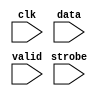
//Legal Notice: (C)2011 Altera Corporation. All rights reserved.  Your
//use of Altera Corporation's design tools, logic functions and other
//software and tools, and its AMPP partner logic functions, and any
//output files any of the foregoing (including device programming or
//simulation files), and any associated documentation or information are
//expressly subject to the terms and conditions of the Altera Program
//License Subscription Agreement or other applicable license agreement,
//including, without limitation, that your use is for the sole purpose
//of programming logic devices manufactured by Altera and sold by Altera
//or its authorized distributors.  Please refer to the applicable
//agreement for further details.

// synthesis translate_off
`timescale 1ns / 1ps
// synthesis translate_on

// turn off superfluous verilog processor warnings 
// altera message_level Level1 
// altera message_off 10034 10035 10036 10037 10230 10240 10030 

module jtag_uart_log_module (
                              // inputs:
                               clk,
                               data,
                               strobe,
                               valid
                            )
;

  input            clk;
  input   [  7: 0] data;
  input            strobe;
  input            valid;


//synthesis translate_off
//////////////// SIMULATION-ONLY CONTENTS
   reg [31:0] text_handle; // for $fopen
   initial text_handle = $fopen ("jtag_uart_output_stream.dat");

   always @(posedge clk) begin
      if (valid && strobe) begin
	 $fwrite (text_handle, "%b\n", data);
          // echo raw binary strings to file as ascii to screen
         $write("%s", ((data == 8'hd) ? 8'ha : data));
                     
	 // non-standard; poorly documented; required to get real data stream.
	 $fflush (text_handle);
      end
   end // clk


//////////////// END SIMULATION-ONLY CONTENTS

//synthesis translate_on

endmodule



// turn off superfluous verilog processor warnings 
// altera message_level Level1 
// altera message_off 10034 10035 10036 10037 10230 10240 10030 

module jtag_uart_sim_scfifo_w (
                                // inputs:
                                 clk,
                                 fifo_wdata,
                                 fifo_wr,

                                // outputs:
                                 fifo_FF,
                                 r_dat,
                                 wfifo_empty,
                                 wfifo_used
                              )
;

  output           fifo_FF;
  output  [  7: 0] r_dat;
  output           wfifo_empty;
  output  [  5: 0] wfifo_used;
  input            clk;
  input   [  7: 0] fifo_wdata;
  input            fifo_wr;

  wire             fifo_FF;
  wire    [  7: 0] r_dat;
  wire             wfifo_empty;
  wire    [  5: 0] wfifo_used;

//synthesis translate_off
//////////////// SIMULATION-ONLY CONTENTS
  //jtag_uart_log, which is an e_log
  jtag_uart_log_module jtag_uart_log
    (
      .clk    (clk),
      .data   (fifo_wdata),
      .strobe (fifo_wr),
      .valid  (fifo_wr)
    );

  assign wfifo_used = {6{1'b0}};
  assign r_dat = {8{1'b0}};
  assign fifo_FF = 1'b0;
  assign wfifo_empty = 1'b1;

//////////////// END SIMULATION-ONLY CONTENTS

//synthesis translate_on

endmodule



// turn off superfluous verilog processor warnings 
// altera message_level Level1 
// altera message_off 10034 10035 10036 10037 10230 10240 10030 

module jtag_uart_scfifo_w (
                            // inputs:
                             clk,
                             fifo_clear,
                             fifo_wdata,
                             fifo_wr,
                             rd_wfifo,

                            // outputs:
                             fifo_FF,
                             r_dat,
                             wfifo_empty,
                             wfifo_used
                          )
;

  output           fifo_FF;
  output  [  7: 0] r_dat;
  output           wfifo_empty;
  output  [  5: 0] wfifo_used;
  input            clk;
  input            fifo_clear;
  input   [  7: 0] fifo_wdata;
  input            fifo_wr;
  input            rd_wfifo;

  wire             fifo_FF;
  wire    [  7: 0] r_dat;
  wire             wfifo_empty;
  wire    [  5: 0] wfifo_used;

//synthesis translate_off
//////////////// SIMULATION-ONLY CONTENTS
  jtag_uart_sim_scfifo_w the_jtag_uart_sim_scfifo_w
    (
      .clk         (clk),
      .fifo_FF     (fifo_FF),
      .fifo_wdata  (fifo_wdata),
      .fifo_wr     (fifo_wr),
      .r_dat       (r_dat),
      .wfifo_empty (wfifo_empty),
      .wfifo_used  (wfifo_used)
    );


//////////////// END SIMULATION-ONLY CONTENTS

//synthesis translate_on
//synthesis read_comments_as_HDL on
//  scfifo wfifo
//    (
//      .aclr (fifo_clear),
//      .clock (clk),
//      .data (fifo_wdata),
//      .empty (wfifo_empty),
//      .full (fifo_FF),
//      .q (r_dat),
//      .rdreq (rd_wfifo),
//      .usedw (wfifo_used),
//      .wrreq (fifo_wr)
//    );
//
//  defparam wfifo.lpm_hint = "RAM_BLOCK_TYPE=AUTO",
//           wfifo.lpm_numwords = 64,
//           wfifo.lpm_showahead = "OFF",
//           wfifo.lpm_type = "scfifo",
//           wfifo.lpm_width = 8,
//           wfifo.lpm_widthu = 6,
//           wfifo.overflow_checking = "OFF",
//           wfifo.underflow_checking = "OFF",
//           wfifo.use_eab = "ON";
//
//synthesis read_comments_as_HDL off

endmodule



// turn off superfluous verilog processor warnings 
// altera message_level Level1 
// altera message_off 10034 10035 10036 10037 10230 10240 10030 

module jtag_uart_drom_module (
                               // inputs:
                                clk,
                                incr_addr,
                                reset_n,

                               // outputs:
                                new_rom,
                                num_bytes,
                                q,
                                safe
                             )
;

  parameter POLL_RATE = 100;


  output           new_rom;
  output  [ 31: 0] num_bytes;
  output  [  7: 0] q;
  output           safe;
  input            clk;
  input            incr_addr;
  input            reset_n;

  reg     [ 11: 0] address;
  reg              d1_pre;
  reg              d2_pre;
  reg              d3_pre;
  reg              d4_pre;
  reg              d5_pre;
  reg              d6_pre;
  reg              d7_pre;
  reg              d8_pre;
  reg              d9_pre;
  reg     [  7: 0] mem_array [2047: 0];
  reg     [ 31: 0] mutex [  1: 0];
  reg              new_rom;
  wire    [ 31: 0] num_bytes;
  reg              pre;
  wire    [  7: 0] q;
  wire             safe;

//synthesis translate_off
//////////////// SIMULATION-ONLY CONTENTS
  assign q = mem_array[address];
  always @(posedge clk or negedge reset_n)
    begin
      if (reset_n == 0)
        begin
          d1_pre <= 0;
          d2_pre <= 0;
          d3_pre <= 0;
          d4_pre <= 0;
          d5_pre <= 0;
          d6_pre <= 0;
          d7_pre <= 0;
          d8_pre <= 0;
          d9_pre <= 0;
          new_rom <= 0;
        end
      else 
        begin
          d1_pre <= pre;
          d2_pre <= d1_pre;
          d3_pre <= d2_pre;
          d4_pre <= d3_pre;
          d5_pre <= d4_pre;
          d6_pre <= d5_pre;
          d7_pre <= d6_pre;
          d8_pre <= d7_pre;
          d9_pre <= d8_pre;
          new_rom <= d9_pre;
        end
    end



   assign     num_bytes = mutex[1];
                   reg        safe_delay;
   reg [31:0] poll_count;
   reg [31:0] mutex_handle;
   wire       interactive = 1'b0 ; // '
   assign     safe = (address < mutex[1]);

   initial poll_count = POLL_RATE;

   always @(posedge clk or negedge reset_n) begin
      if (reset_n !== 1) begin
         safe_delay <= 0;
      end else begin
         safe_delay <= safe;
      end
   end // safe_delay

   always @(posedge clk or negedge reset_n) begin
      if (reset_n !== 1) begin  // dont worry about null _stream.dat file
         address <= 0;
         mem_array[0] <= 0;
         mutex[0] <= 0;
         mutex[1] <= 0;
         pre <= 0;
      end else begin            // deal with the non-reset case
         pre <= 0;
         if (incr_addr && safe) address <= address + 1;
         if (mutex[0] && !safe && safe_delay) begin
            // and blast the mutex after falling edge of safe if interactive
            if (interactive) begin
               mutex_handle = $fopen ("jtag_uart_input_mutex.dat");
               $fdisplay (mutex_handle, "0");
               $fclose (mutex_handle);
               // $display ($stime, "\t%m:\n\t\tMutex cleared!");
            end else begin
               // sleep until next reset, do not bash mutex.
               wait (!reset_n);
            end
         end // OK to bash mutex.
         if (poll_count < POLL_RATE) begin // wait
            poll_count = poll_count + 1;
         end else begin         // do the interesting stuff.
            poll_count = 0;
            $readmemh ("jtag_uart_input_mutex.dat", mutex);
            if (mutex[0] && !safe) begin
            // read stream into mem_array after current characters are gone!
               // save mutex[0] value to compare to address (generates 'safe')
               mutex[1] <= mutex[0];
               // $display ($stime, "\t%m:\n\t\tMutex hit: Trying to read %d bytes...", mutex[0]);
               $readmemb("jtag_uart_input_stream.dat", mem_array);
               // bash address and send pulse outside to send the char:
               address <= 0;
               pre <= -1;
            end // else mutex miss...
         end // poll_count
      end // reset
   end // posedge clk


//////////////// END SIMULATION-ONLY CONTENTS

//synthesis translate_on

endmodule



// turn off superfluous verilog processor warnings 
// altera message_level Level1 
// altera message_off 10034 10035 10036 10037 10230 10240 10030 

module jtag_uart_sim_scfifo_r (
                                // inputs:
                                 clk,
                                 fifo_rd,
                                 rst_n,

                                // outputs:
                                 fifo_EF,
                                 fifo_rdata,
                                 rfifo_full,
                                 rfifo_used
                              )
;

  output           fifo_EF;
  output  [  7: 0] fifo_rdata;
  output           rfifo_full;
  output  [  5: 0] rfifo_used;
  input            clk;
  input            fifo_rd;
  input            rst_n;

  reg     [ 31: 0] bytes_left;
  wire             fifo_EF;
  reg              fifo_rd_d;
  wire    [  7: 0] fifo_rdata;
  wire             new_rom;
  wire    [ 31: 0] num_bytes;
  wire    [  6: 0] rfifo_entries;
  wire             rfifo_full;
  wire    [  5: 0] rfifo_used;
  wire             safe;

//synthesis translate_off
//////////////// SIMULATION-ONLY CONTENTS
  //jtag_uart_drom, which is an e_drom
  jtag_uart_drom_module jtag_uart_drom
    (
      .clk       (clk),
      .incr_addr (fifo_rd_d),
      .new_rom   (new_rom),
      .num_bytes (num_bytes),
      .q         (fifo_rdata),
      .reset_n   (rst_n),
      .safe      (safe)
    );

  // Generate rfifo_entries for simulation
  always @(posedge clk or negedge rst_n)
    begin
      if (rst_n == 0)
        begin
          bytes_left <= 32'h0;
          fifo_rd_d <= 1'b0;
        end
      else 
        begin
          fifo_rd_d <= fifo_rd;
          // decrement on read
          if (fifo_rd_d)
              bytes_left <= bytes_left - 1'b1;
          // catch new contents
          if (new_rom)
              bytes_left <= num_bytes;
        end
    end


  assign fifo_EF = bytes_left == 32'b0;
  assign rfifo_full = bytes_left > 7'h40;
  assign rfifo_entries = (rfifo_full) ? 7'h40 : bytes_left;
  assign rfifo_used = rfifo_entries[5 : 0];

//////////////// END SIMULATION-ONLY CONTENTS

//synthesis translate_on

endmodule



// turn off superfluous verilog processor warnings 
// altera message_level Level1 
// altera message_off 10034 10035 10036 10037 10230 10240 10030 

module jtag_uart_scfifo_r (
                            // inputs:
                             clk,
                             fifo_clear,
                             fifo_rd,
                             rst_n,
                             t_dat,
                             wr_rfifo,

                            // outputs:
                             fifo_EF,
                             fifo_rdata,
                             rfifo_full,
                             rfifo_used
                          )
;

  output           fifo_EF;
  output  [  7: 0] fifo_rdata;
  output           rfifo_full;
  output  [  5: 0] rfifo_used;
  input            clk;
  input            fifo_clear;
  input            fifo_rd;
  input            rst_n;
  input   [  7: 0] t_dat;
  input            wr_rfifo;

  wire             fifo_EF;
  wire    [  7: 0] fifo_rdata;
  wire             rfifo_full;
  wire    [  5: 0] rfifo_used;

//synthesis translate_off
//////////////// SIMULATION-ONLY CONTENTS
  jtag_uart_sim_scfifo_r the_jtag_uart_sim_scfifo_r
    (
      .clk        (clk),
      .fifo_EF    (fifo_EF),
      .fifo_rd    (fifo_rd),
      .fifo_rdata (fifo_rdata),
      .rfifo_full (rfifo_full),
      .rfifo_used (rfifo_used),
      .rst_n      (rst_n)
    );


//////////////// END SIMULATION-ONLY CONTENTS

//synthesis translate_on
//synthesis read_comments_as_HDL on
//  scfifo rfifo
//    (
//      .aclr (fifo_clear),
//      .clock (clk),
//      .data (t_dat),
//      .empty (fifo_EF),
//      .full (rfifo_full),
//      .q (fifo_rdata),
//      .rdreq (fifo_rd),
//      .usedw (rfifo_used),
//      .wrreq (wr_rfifo)
//    );
//
//  defparam rfifo.lpm_hint = "RAM_BLOCK_TYPE=AUTO",
//           rfifo.lpm_numwords = 64,
//           rfifo.lpm_showahead = "OFF",
//           rfifo.lpm_type = "scfifo",
//           rfifo.lpm_width = 8,
//           rfifo.lpm_widthu = 6,
//           rfifo.overflow_checking = "OFF",
//           rfifo.underflow_checking = "OFF",
//           rfifo.use_eab = "ON";
//
//synthesis read_comments_as_HDL off

endmodule



// turn off superfluous verilog processor warnings 
// altera message_level Level1 
// altera message_off 10034 10035 10036 10037 10230 10240 10030 

module jtag_uart (
                   // inputs:
                    av_address,
                    av_chipselect,
                    av_read_n,
                    av_write_n,
                    av_writedata,
                    clk,
                    rst_n,

                   // outputs:
                    av_irq,
                    av_readdata,
                    av_waitrequest,
                    dataavailable,
                    readyfordata
                 )
  /* synthesis ALTERA_ATTRIBUTE = "SUPPRESS_DA_RULE_INTERNAL=\"R101,C106,D101,D103\"" */ ;

  output           av_irq;
  output  [ 31: 0] av_readdata;
  output           av_waitrequest;
  output           dataavailable;
  output           readyfordata;
  input            av_address;
  input            av_chipselect;
  input            av_read_n;
  input            av_write_n;
  input   [ 31: 0] av_writedata;
  input            clk;
  input            rst_n;

  reg              ac;
  wire             activity;
  wire             av_irq;
  wire    [ 31: 0] av_readdata;
  reg              av_waitrequest;
  reg              dataavailable;
  reg              fifo_AE;
  reg              fifo_AF;
  wire             fifo_EF;
  wire             fifo_FF;
  wire             fifo_clear;
  wire             fifo_rd;
  wire    [  7: 0] fifo_rdata;
  wire    [  7: 0] fifo_wdata;
  reg              fifo_wr;
  reg              ien_AE;
  reg              ien_AF;
  wire             ipen_AE;
  wire             ipen_AF;
  reg              pause_irq;
  wire    [  7: 0] r_dat;
  wire             r_ena;
  reg              r_val;
  wire             rd_wfifo;
  reg              read_0;
  reg              readyfordata;
  wire             rfifo_full;
  wire    [  5: 0] rfifo_used;
  reg              rvalid;
  reg              sim_r_ena;
  reg              sim_t_dat;
  reg              sim_t_ena;
  reg              sim_t_pause;
  wire    [  7: 0] t_dat;
  reg              t_dav;
  wire             t_ena;
  wire             t_pause;
  wire             wfifo_empty;
  wire    [  5: 0] wfifo_used;
  reg              woverflow;
  wire             wr_rfifo;
  //avalon_jtag_slave, which is an e_avalon_slave
  assign rd_wfifo = r_ena & ~wfifo_empty;
  assign wr_rfifo = t_ena & ~rfifo_full;
  assign fifo_clear = ~rst_n;
  jtag_uart_scfifo_w the_jtag_uart_scfifo_w
    (
      .clk         (clk),
      .fifo_FF     (fifo_FF),
      .fifo_clear  (fifo_clear),
      .fifo_wdata  (fifo_wdata),
      .fifo_wr     (fifo_wr),
      .r_dat       (r_dat),
      .rd_wfifo    (rd_wfifo),
      .wfifo_empty (wfifo_empty),
      .wfifo_used  (wfifo_used)
    );

  jtag_uart_scfifo_r the_jtag_uart_scfifo_r
    (
      .clk        (clk),
      .fifo_EF    (fifo_EF),
      .fifo_clear (fifo_clear),
      .fifo_rd    (fifo_rd),
      .fifo_rdata (fifo_rdata),
      .rfifo_full (rfifo_full),
      .rfifo_used (rfifo_used),
      .rst_n      (rst_n),
      .t_dat      (t_dat),
      .wr_rfifo   (wr_rfifo)
    );

  assign ipen_AE = ien_AE & fifo_AE;
  assign ipen_AF = ien_AF & (pause_irq | fifo_AF);
  assign av_irq = ipen_AE | ipen_AF;
  assign activity = t_pause | t_ena;
  always @(posedge clk or negedge rst_n)
    begin
      if (rst_n == 0)
          pause_irq <= 1'b0;
      else // only if fifo is not empty...
      if (t_pause & ~fifo_EF)
          pause_irq <= 1'b1;
      else if (read_0)
          pause_irq <= 1'b0;
    end


  always @(posedge clk or negedge rst_n)
    begin
      if (rst_n == 0)
        begin
          r_val <= 1'b0;
          t_dav <= 1'b1;
        end
      else 
        begin
          r_val <= r_ena & ~wfifo_empty;
          t_dav <= ~rfifo_full;
        end
    end


  always @(posedge clk or negedge rst_n)
    begin
      if (rst_n == 0)
        begin
          fifo_AE <= 1'b0;
          fifo_AF <= 1'b0;
          fifo_wr <= 1'b0;
          rvalid <= 1'b0;
          read_0 <= 1'b0;
          ien_AE <= 1'b0;
          ien_AF <= 1'b0;
          ac <= 1'b0;
          woverflow <= 1'b0;
          av_waitrequest <= 1'b1;
        end
      else 
        begin
          fifo_AE <= {fifo_FF,wfifo_used} <= 8;
          fifo_AF <= (7'h40 - {rfifo_full,rfifo_used}) <= 8;
          fifo_wr <= 1'b0;
          read_0 <= 1'b0;
          av_waitrequest <= ~(av_chipselect & (~av_write_n | ~av_read_n) & av_waitrequest);
          if (activity)
              ac <= 1'b1;
          // write
          if (av_chipselect & ~av_write_n & av_waitrequest)
              // addr 1 is control; addr 0 is data
              if (av_address)
                begin
                  ien_AF <= av_writedata[0];
                  ien_AE <= av_writedata[1];
                  if (av_writedata[10] & ~activity)
                      ac <= 1'b0;
                end
              else 
                begin
                  fifo_wr <= ~fifo_FF;
                  woverflow <= fifo_FF;
                end
          // read
          if (av_chipselect & ~av_read_n & av_waitrequest)
            begin
              // addr 1 is interrupt; addr 0 is data
              if (~av_address)
                  rvalid <= ~fifo_EF;
              read_0 <= ~av_address;
            end
        end
    end


  assign fifo_wdata = av_writedata[7 : 0];
  assign fifo_rd = (av_chipselect & ~av_read_n & av_waitrequest & ~av_address) ? ~fifo_EF : 1'b0;
  assign av_readdata = read_0 ? { {9{1'b0}},rfifo_full,rfifo_used,rvalid,woverflow,~fifo_FF,~fifo_EF,1'b0,ac,ipen_AE,ipen_AF,fifo_rdata } : { {9{1'b0}},(7'h40 - {fifo_FF,wfifo_used}),rvalid,woverflow,~fifo_FF,~fifo_EF,1'b0,ac,ipen_AE,ipen_AF,{6{1'b0}},ien_AE,ien_AF };
  always @(posedge clk or negedge rst_n)
    begin
      if (rst_n == 0)
          readyfordata <= 0;
      else 
        readyfordata <= ~fifo_FF;
    end



//synthesis translate_off
//////////////// SIMULATION-ONLY CONTENTS
  // Tie off Atlantic Interface signals not used for simulation
  always @(posedge clk)
    begin
      sim_t_pause <= 1'b0;
      sim_t_ena <= 1'b0;
      sim_t_dat <= t_dav ? r_dat : {8{r_val}};
      sim_r_ena <= 1'b0;
    end


  assign r_ena = sim_r_ena;
  assign t_ena = sim_t_ena;
  assign t_dat = sim_t_dat;
  assign t_pause = sim_t_pause;
  always @(fifo_EF)
    begin
      dataavailable = ~fifo_EF;
    end



//////////////// END SIMULATION-ONLY CONTENTS

//synthesis translate_on
//synthesis read_comments_as_HDL on
//  alt_jtag_atlantic jtag_uart_alt_jtag_atlantic
//    (
//      .clk (clk),
//      .r_dat (r_dat),
//      .r_ena (r_ena),
//      .r_val (r_val),
//      .rst_n (rst_n),
//      .t_dat (t_dat),
//      .t_dav (t_dav),
//      .t_ena (t_ena),
//      .t_pause (t_pause)
//    );
//
//  defparam jtag_uart_alt_jtag_atlantic.INSTANCE_ID = 0,
//           jtag_uart_alt_jtag_atlantic.LOG2_RXFIFO_DEPTH = 6,
//           jtag_uart_alt_jtag_atlantic.LOG2_TXFIFO_DEPTH = 6,
//           jtag_uart_alt_jtag_atlantic.SLD_AUTO_INSTANCE_INDEX = "YES";
//
//  always @(posedge clk or negedge rst_n)
//    begin
//      if (rst_n == 0)
//          dataavailable <= 0;
//      else 
//        dataavailable <= ~fifo_EF;
//    end
//
//
//synthesis read_comments_as_HDL off

endmodule